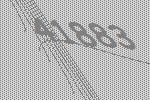
41883